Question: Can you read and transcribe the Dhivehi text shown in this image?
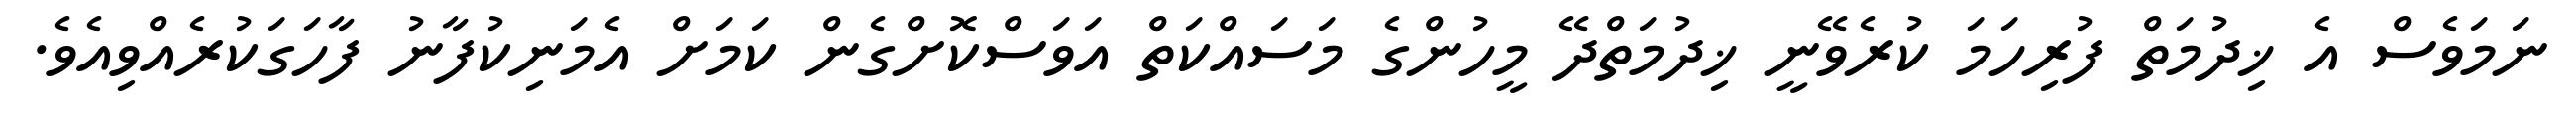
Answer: ނަމަވެސް އެ ޚިދުމަތް ފުރިހަމަ ކުރެވޭނީ ޚިދުމަތްދޭ މީހުންގެ މަސައްކަތް އަވަސްކޮށްގެން ކަމަށް އެމަނިކުފާނު ފާހަގަކުރެއްވިއެވެ.